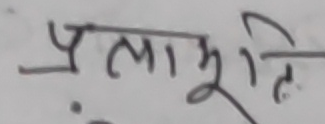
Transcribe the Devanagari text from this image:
प्रलाभूति